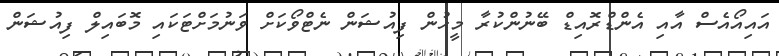
އައިއޯއެސް އާއި އެންޑްރޮއިޑް ބޭނުންކުރާ މީހުން ފިއުޝަން ނެޓްވޯކަށް ވަނުމަށްޓަކައި މޮބައިލް ފިއުޝަން